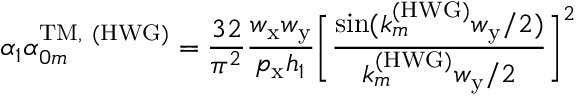
\alpha _ { 1 } \alpha _ { 0 m } ^ { \mathrm { T M , ~ ( H W G ) } } = \frac { 3 2 } { \pi ^ { 2 } } \frac { w _ { \mathrm { x } } w _ { \mathrm { y } } } { p _ { \mathrm { x } } h _ { 1 } } \bigg [ \frac { \sin ( k _ { m } ^ { \mathrm { ( H W G ) } } w _ { \mathrm { y } } / 2 ) } { k _ { m } ^ { \mathrm { ( H W G ) } } w _ { \mathrm { y } } / 2 } \bigg ] ^ { 2 }